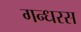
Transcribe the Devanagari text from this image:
गन्धरस